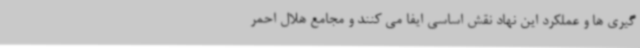
گیری ها و عملکرد این نهاد نقش اساسی ایفا می کنند و مجامع هلال احمر